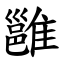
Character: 雝